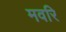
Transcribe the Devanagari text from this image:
मवरि